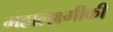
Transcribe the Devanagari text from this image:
महालक्ष्मीकी